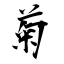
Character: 菊